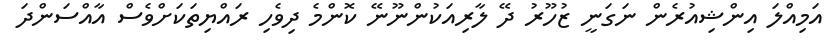
އަމިއްލަ އިންޝިއުރެން ނަގަނީ ޒުހޫރު ދޭ ލާރިއަކުންނޫނޭ ކޮންމެ ދިވެހި ރައްޔިތަކަށްވެސް އާއްސަންދަ